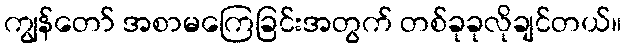
ကျွန်တော် အစာမကြေခြင်းအတွက် တစ်ခုခုလိုချင်တယ်။